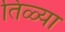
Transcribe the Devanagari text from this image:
तिळ्या